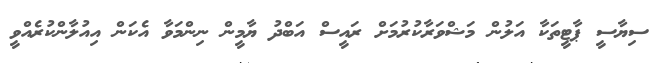
ސިޔާސީ ޕާޓީތަކާ އަލުން މަޝްވަރާކުރުމަށް ރައީސް އަބްދު ޔާމީން ނިންމަވާ އެކަން އިއުލާންކުރެއްވީ